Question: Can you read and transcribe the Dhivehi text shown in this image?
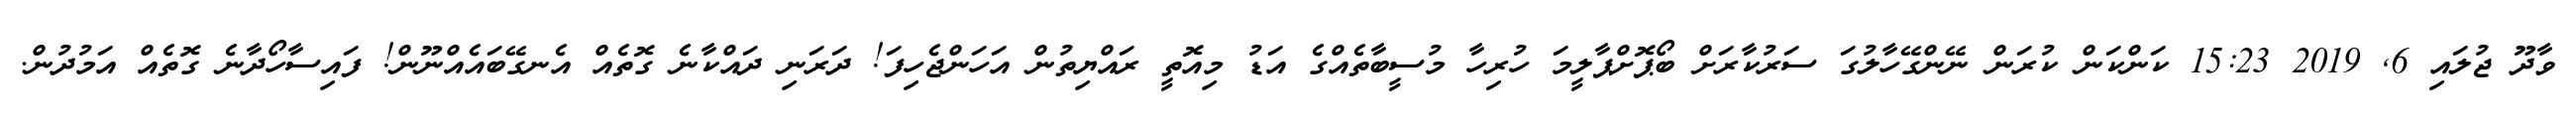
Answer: ވާދޫ ޖުލައި 6, 2019 15:23 ކަންކަން ކުރަން ނޭންގޭހާލުގަ ސަރުކާރަށް ބޯޕޮށްޕާލީމަ ހުރިހާ މުސީބާތެއްގެ އަޑު މިއޮތީ ރައްޔިތުން އަހަންޖެހިފަ! ދަރަނި ދައްކާނެ ގޮތެއް އެނގޭބައެއްނޫން! ފައިސާހޯދާނެ ގޮތެއް އަމުދުން.